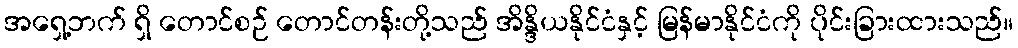
အရှေ့ဘက် ရှိ တောင်စဉ် တောင်တန်းတို့သည် အိန္ဒိယနိုင်ငံနှင့် မြန်မာနိုင်ငံကို ပိုင်းခြားထားသည်။